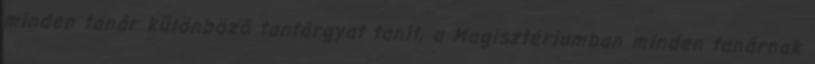
minden tanár különböző tantárgyat tanít, a Magisztériumban minden tanárnak